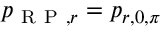
p _ { \mathrm { ~ R ~ P ~ } , r } = p _ { r , 0 , \pi }